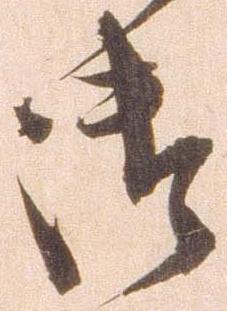
御